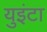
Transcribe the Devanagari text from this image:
युइंटा